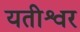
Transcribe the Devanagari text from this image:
यतीश्वर